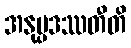
အနုပ္ပဒဿတီတိ